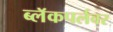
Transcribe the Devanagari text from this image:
ब्लॅकपर्लवर